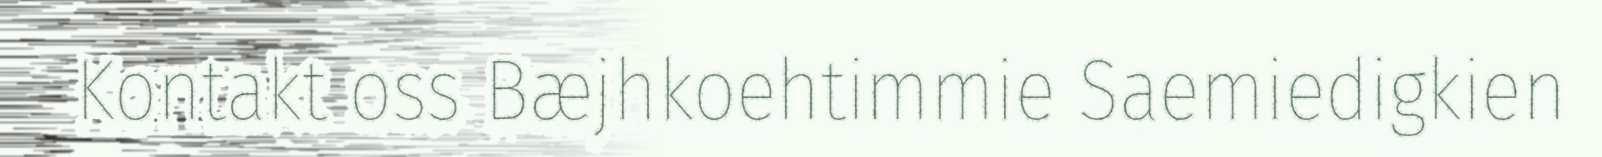
Kontakt oss Bæjhkoehtimmie Saemiedigkien